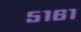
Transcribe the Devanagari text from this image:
५१६१